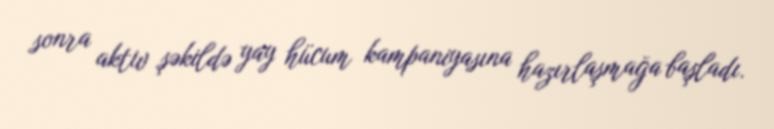
sonra aktiv şəkildə yay hücum kampaniyasına hazırlaşmağa başladı.